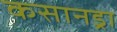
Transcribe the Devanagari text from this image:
कसानड्रा